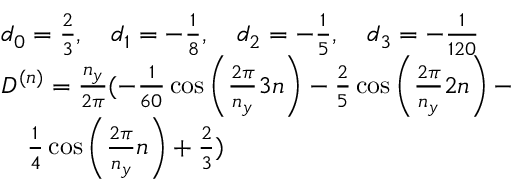
\begin{array} { r l } & { d _ { 0 } = \frac { 2 } { 3 } , \quad d _ { 1 } = - \frac { 1 } { 8 } , \quad d _ { 2 } = - \frac { 1 } { 5 } , \quad d _ { 3 } = - \frac { 1 } { 1 2 0 } } \\ & { D ^ { ( n ) } = \frac { n _ { y } } { 2 \pi } ( - \frac { 1 } { 6 0 } \cos \left( \frac { 2 \pi } { n _ { y } } 3 n \right) - \frac { 2 } { 5 } \cos \left( \frac { 2 \pi } { n _ { y } } 2 n \right) - } \\ & { \quad \frac { 1 } { 4 } \cos \left( \frac { 2 \pi } { n _ { y } } n \right) + \frac { 2 } { 3 } ) } \end{array}